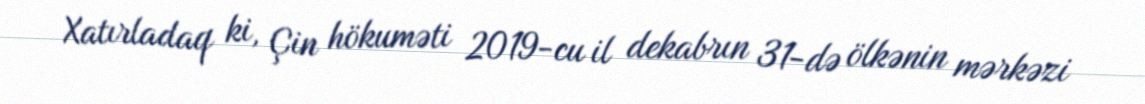
Xatırladaq ki, Çin hökuməti 2019-cu il dekabrın 31-də ölkənin mərkəzi